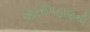
આરસપહાણથી